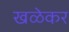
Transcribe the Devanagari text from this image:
खळेकर